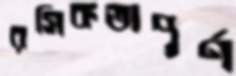
রসিকতাপূর্ণ